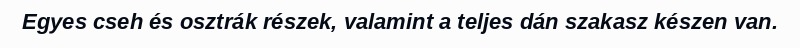
Egyes cseh és osztrák részek, valamint a teljes dán szakasz készen van.